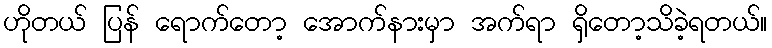
ဟိုတယ် ပြန် ရောက်တော့ အောက်နားမှာ အက်ရာ ရှိတော့သိခဲ့ရတယ်။